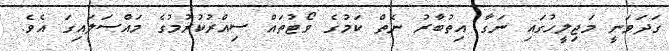
ގަދަވަނީ މަޖިލީހުގައި ނަގާ އިތުބާރު ނެތް ކަމުގެ ވޯޓުތައް ސިއްރުކުރުމުގެ މައްސަލައިގަ އެވެ.